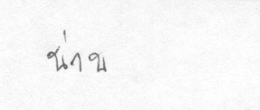
น่าน